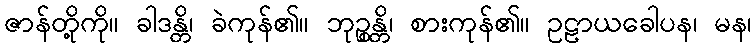
ဇာန်တို့ကို။ ခါဒန္တိ၊ ခဲကုန်၏။ ဘုဉ္စန္တိ၊ စားကုန်၏။ ဥဠာယခေါပန၊ မန၊